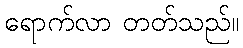
ရောက်လာ တတ်သည်။